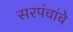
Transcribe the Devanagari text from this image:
सरपंचांचे